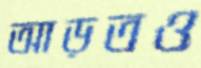
আড়তও